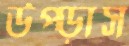
উপ্‌ড়াস